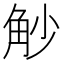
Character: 觘